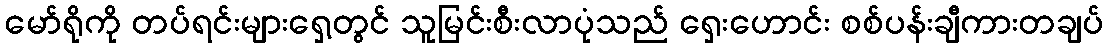
မော်ရိုကို တပ်ရင်းများရှေ့တွင် သူမြင်းစီးလာပုံသည် ရှေးဟောင်း စစ်ပန်းချီကားတချပ်